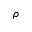
\bar { \rho }